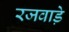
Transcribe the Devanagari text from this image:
रजवाडे़